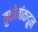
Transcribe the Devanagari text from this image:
तुकोबांकडून